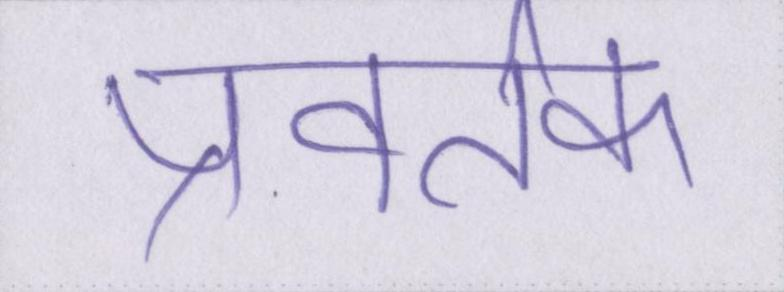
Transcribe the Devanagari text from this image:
प्रवर्तक